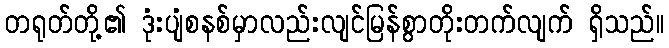
တရုတ်တို့၏ ဒုံးပျံစနစ်မှာလည်းလျင်မြန်စွာတိုးတက်လျက် ရှိသည်။